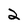
Character: 2